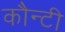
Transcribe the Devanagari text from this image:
कौन्टी